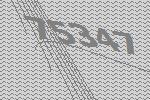
75347